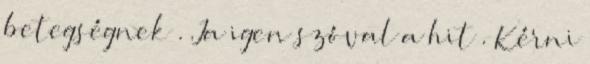
betegségnek . Ja igen szóval a hit . Kérni